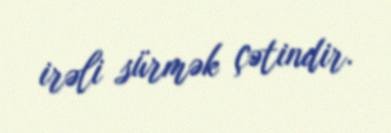
irəli sürmək çətindir.